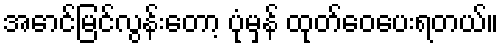
အောင်မြင်လွန်းတော့ ပုံမှန် ထုတ်ဝေပေးရတယ်။